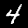
Label: 4